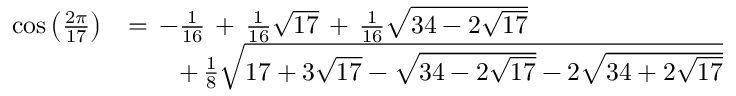
{ \begin{array} { r l } { \cos { \left( { \frac { 2 \pi } { 1 7 } } \right) } } & { = \, - { \frac { 1 } { 1 6 } } \, + \, { \frac { 1 } { 1 6 } } { \sqrt { 1 7 } } \, + \, { \frac { 1 } { 1 6 } } { \sqrt { 3 4 - 2 { \sqrt { 1 7 } } } } } \\ & { \qquad + \, { \frac { 1 } { 8 } } { \sqrt { 1 7 + 3 { \sqrt { 1 7 } } - { \sqrt { 3 4 - 2 { \sqrt { 1 7 } } } } - 2 { \sqrt { 3 4 + 2 { \sqrt { 1 7 } } } } } } } \end{array} }